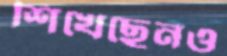
শিখেছেনও